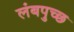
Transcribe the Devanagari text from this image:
लंबपुच्छ